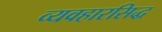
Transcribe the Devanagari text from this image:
व्यवहारसिद्ध